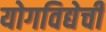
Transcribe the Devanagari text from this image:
योगविद्येची